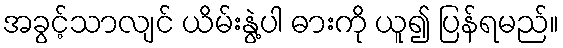
အခွင့်သာလျင် ယိမ်းနွဲ့ပါ ဓားကို ယူ၍ ပြန်ရမည်။